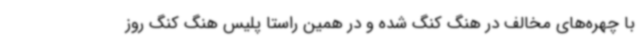
با چهره‌های مخالف در هنگ کنگ شده و در همین راستا پلیس هنگ کنگ روز